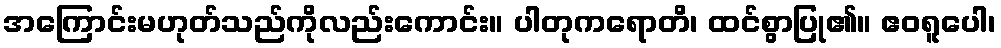
အကြောင်းမဟုတ်သည်ကိုလည်းကောင်း။ ပါတုကရောတိ၊ ထင်စွာပြု၏။ ဧဝရူပေါ၊